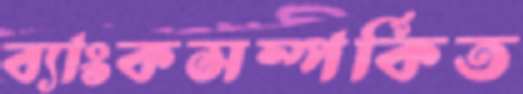
ব্যাংকসম্পর্কিত